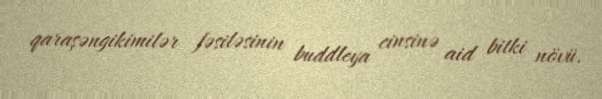
qaraşəngikimilər fəsiləsinin buddleya cinsinə aid bitki növü.